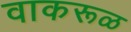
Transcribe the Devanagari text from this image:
वाकरूळ